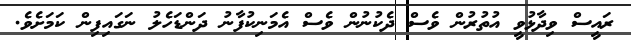
ރައީސް ވިދާޅުވީ އުތުރުން ވެސް ދެކުނުން ވެސް އެމަނިކުފާނު ދަންޑަހެލު ނަގައިފިން ކަމަށެވެ.